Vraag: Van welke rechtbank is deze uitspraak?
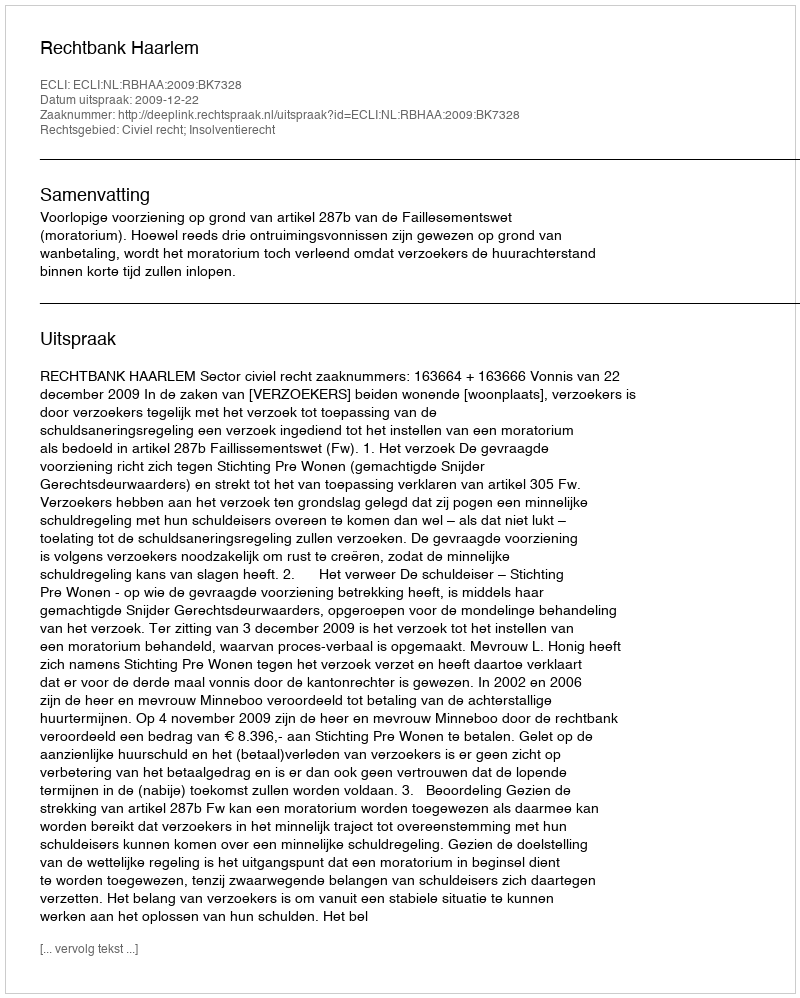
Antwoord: Rechtbank Haarlem